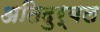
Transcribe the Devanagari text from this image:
अतिदुर्बल